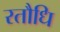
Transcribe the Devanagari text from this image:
रतौधि